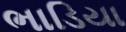
ભાડિયા